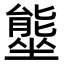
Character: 𭏿